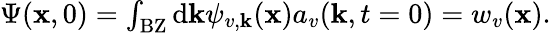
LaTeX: \begin{array}{r}{\Psi(\mathbf{x},0)=\int_{\mathrm{BZ}}\mathrm{d}\mathbf{k}\psi_{v,\mathbf{k}}(\mathbf{x})a_{v}(\mathbf{k},t=0)=w_{v}(\mathbf{x}).}\end{array}